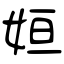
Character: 姮